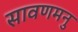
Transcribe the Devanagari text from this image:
सावणमनु